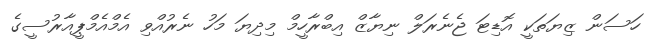
ހަސަން ޒިޔަތަކީ އޮޑިޓަ ޖެނެރަލް ނިޔާޒް އިބްރާހީމް މިދިޔަ މަހު ނެރުއްވި އެމްއެމްޕީއާރުސީގެ